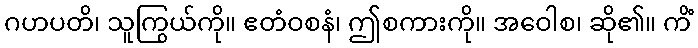
ဂဟပတိ၊ သူကြွယ်ကို။ ဧတံဝစနံ၊ ဤစကားကို။ အဝေါစ၊ ဆို၏။ ကိံ